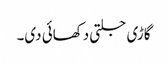
گاڑی جلتی دکھائی دی۔